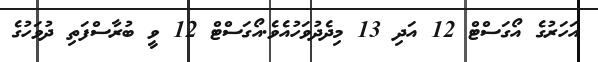
އަހަރުގެ އޯގަސްޓް 12 އަދި 13 މިދެދުވަހުއެވެ.އޯގަސްޓް 12 ވީ ބުރާސްފަތި ދުވަހުގެ